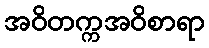
အဝိတက္ကအဝိစာရာ